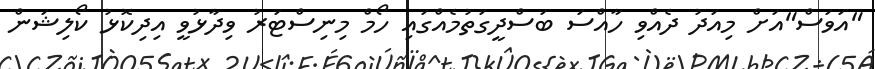
"އަވަސް"އަށް މިއަދު ދެއްވި ހާއްސަ ބަސްދީގަތުމެއްގައި ހޯމް މިނިސްޓަރު ވިދާޅުވީ އިދިކޮޅު ކޯލިޝަން